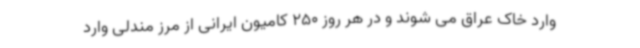
وارد خاک عراق می شوند و در هر روز 250 کامیون ایرانی از مرز مندلی وارد